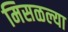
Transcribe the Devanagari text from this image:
मिसळल्या